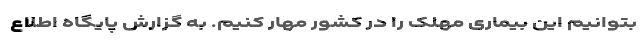
بتوانیم این بیماری مهلک را در کشور مهار کنیم. به گزارش پایگاه اطلاع